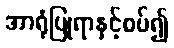
အာရုံပြုရာနှင့်စပ်၍